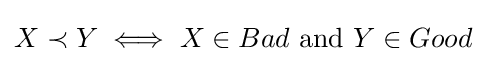
X\prec Y\iff X\in Bad{\text{ and }}Y\in Good